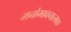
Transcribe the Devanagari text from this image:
मनोभावनात्मक